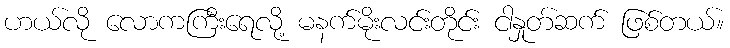
ဟယ်လို လောကကြီးရေလို့ မနက်မိုးလင်းတိုင်း ငါနှုတ်ဆက် ဖြစ်တယ်။